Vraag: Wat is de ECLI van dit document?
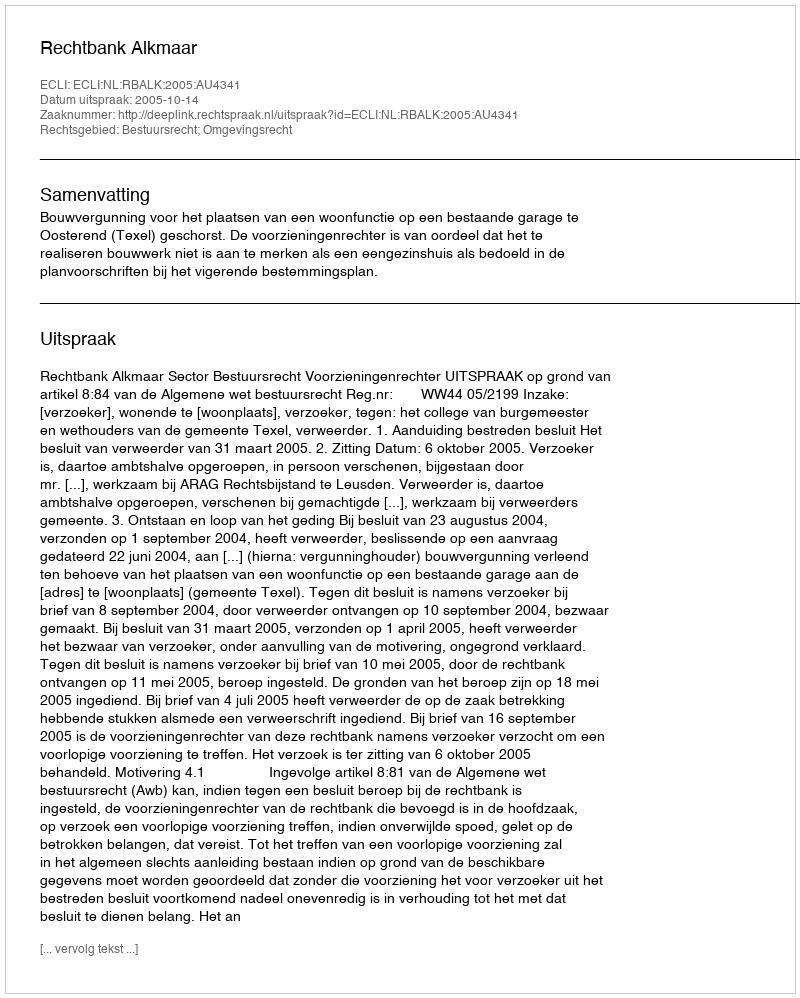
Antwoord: ECLI:NL:RBALK:2005:AU4341